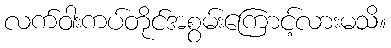
လက်ဝါးကပ်တိုင်အစွမ်းကြောင့်လားမသိ။